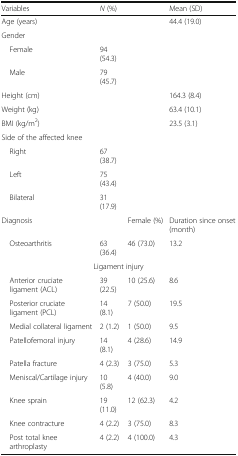
<table><thead><tr><td><b>Variables</b></td><td><b><i>N</i> (%)</b></td><td></td><td><b>Mean (SD)</b></td></tr></thead><tbody><tr><td>Age (years)</td><td></td><td></td><td>44.4 (19.0)</td></tr><tr><td colspan="4">Gender</td></tr><tr><td> Female</td><td>94 (54.3)</td><td></td><td></td></tr><tr><td> Male</td><td>79 (45.7)</td><td></td><td></td></tr><tr><td>Height (cm)</td><td></td><td></td><td>164.3 (8.4)</td></tr><tr><td>Weight (kg)</td><td></td><td></td><td>63.4 (10.1)</td></tr><tr><td>BMI (kg/m<sup>2</sup>)</td><td></td><td></td><td>23.5 (3.1)</td></tr><tr><td colspan="4">Side of the affected knee</td></tr><tr><td> Right</td><td>67 (38.7)</td><td></td><td></td></tr><tr><td> Left</td><td>75 (43.4)</td><td></td><td></td></tr><tr><td> Bilateral</td><td>31 (17.9)</td><td></td><td></td></tr><tr><td>Diagnosis</td><td></td><td>Female (%)</td><td>Duration since onset (month)</td></tr><tr><td> Osteoarthritis</td><td>63 (36.4)</td><td>46 (73.0)</td><td>13.2</td></tr><tr><td colspan="4">Ligament injury</td></tr><tr><td> Anterior cruciate ligament (ACL)</td><td>39 (22.5)</td><td>10 (25.6)</td><td>8.6</td></tr><tr><td> Posterior cruciate ligament (PCL)</td><td>14 (8.1)</td><td>7 (50.0)</td><td>19.5</td></tr><tr><td> Medial collateral ligament</td><td>2 (1.2)</td><td>1 (50.0)</td><td>9.5</td></tr><tr><td> Patellofemoral injury</td><td>14 (8.1)</td><td>4 (28.6)</td><td>14.9</td></tr><tr><td> Patella fracture</td><td>4 (2.3)</td><td>3 (75.0)</td><td>5.3</td></tr><tr><td> Meniscal/Cartilage injury</td><td>10 (5.8)</td><td>4 (40.0)</td><td>9.0</td></tr><tr><td> Knee sprain</td><td>19 (11.0)</td><td>12 (62.3)</td><td>4.2</td></tr><tr><td> Knee contracture</td><td>4 (2.2)</td><td>3 (75.0)</td><td>8.3</td></tr><tr><td> Post total knee arthroplasty</td><td>4 (2.2)</td><td>4 (100.0)</td><td>4.3</td></tr></tbody></table>